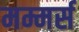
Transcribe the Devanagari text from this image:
मम्मर्स